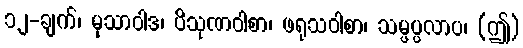
၁၂-ချက်၊ မုသာဝါဒ၊ ပိသုဏဝါစာ၊ ဖရုသဝါစာ၊ သမ္ဖပ္ပလာပ၊ (ဤ)